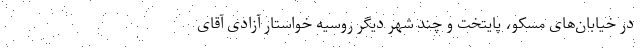
در خیابان‌های مسکو، پایتخت و چند شهر دیگر روسیه خواستار آزادی آقای